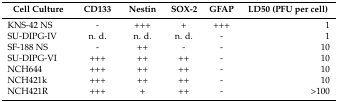
<table><thead><tr><td><b>Cell Culture</b></td><td><b>CD133</b></td><td><b>Nestin</b></td><td><b>SOX-2</b></td><td><b>GFAP</b></td><td><b>LD50 (PFU per cell)</b></td></tr></thead><tbody><tr><td>KNS-42 NS</td><td>-</td><td>+++</td><td>+</td><td>+++</td><td>1</td></tr><tr><td>SU-DIPG-IV</td><td>n. d.</td><td>n. d.</td><td>n. d.</td><td>-</td><td>1</td></tr><tr><td>SF-188 NS</td><td>-</td><td>++</td><td>-</td><td>-</td><td>10</td></tr><tr><td>SU-DIPG-VI</td><td>+++</td><td>++</td><td>++</td><td>-</td><td>10</td></tr><tr><td>NCH644</td><td>+++</td><td>++</td><td>++</td><td>-</td><td>10</td></tr><tr><td>NCH421k</td><td>+++</td><td>++</td><td>++</td><td>-</td><td>10</td></tr><tr><td>NCH421R</td><td>+++</td><td>+</td><td>++</td><td>-</td><td>&gt;100</td></tr></tbody></table>